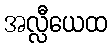
အလ္လီယေထ